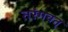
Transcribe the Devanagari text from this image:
तरंगवत्